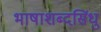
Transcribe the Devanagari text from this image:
भाषाशब्दसिंधु